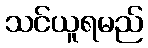
သင်ယူရမည်